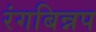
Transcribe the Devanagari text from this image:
रंगबिन्नप